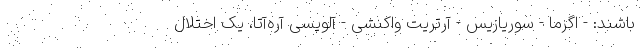
باشند: - اگزما - سوریازیس - آرتریت واکنشی - آلوپسی آره‌آتا، یک اختلال